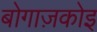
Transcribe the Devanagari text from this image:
बोगाज़कोइ